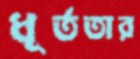
ধূর্ততার